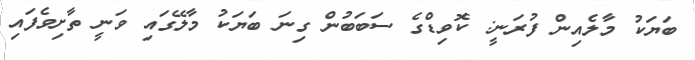
ބަޔަކު މާލެއިން ފުރަނީ: ކޮވިޑްގެ ސަބަބުން ގިނަ ބަޔަކު މާލޭގައި ވަނީ ތާށިވެފަައި